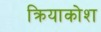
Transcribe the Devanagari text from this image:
क्रियाकोश